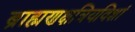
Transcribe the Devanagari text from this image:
ब्राह्मणक्षत्रियविशां